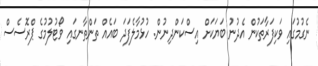
ނެގުމުގައި ވަކިފަރާތަކުން އެދުނު ބަޔަކަށް އިސްކަންދިނުން. ހުޅުމާލެފަދަ ބައެއް ތަންތާނގައި ވޯޓުލުމުގެ ޕްރޮސެސް